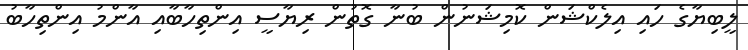
ލީބިޔާގެ ހައި އިލެކްޝަން ކޮމިޝަނުން ބުނާ ގޮތުން ރިޔާސީ އިންތިހާބާއި އާންމު އިންތިހާބު